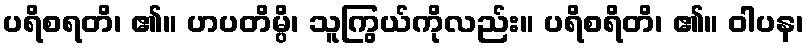
ပရိစရတိ၊ ၏။ ဟပတိမ္ပိ၊ သူကြွယ်ကိုလည်း။ ပရိစရိတိ၊ ၏။ ဝါပန၊